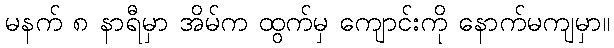
မနက် ၈ နာရီမှာ အိမ်က ထွက်မှ ကျောင်းကို နောက်မကျမှာ။